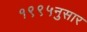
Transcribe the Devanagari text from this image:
१९९५नुसार